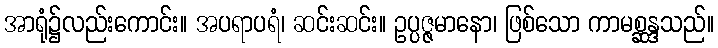
အာရုံ၌လည်းကောင်း။ အပရာပရံ၊ ဆင်းဆင်း။ ဥပ္ပဇ္ဇမာနော၊ ဖြစ်သော ကာမစ္ဆန္ဒသည်။